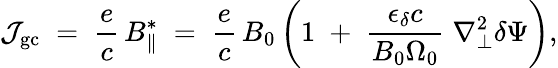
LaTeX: {\cal J}_{\mathrm{gc}}\; =\; \frac{e}{c}\, B_{\| }^{*}\; =\; \frac{e}{c}\, B_{0}\left(1\; +\; \frac{\epsilon_{\delta}c}{B_{0}\Omega_{0}}\; \nabla_{\bot}^{2}\delta\Psi\right),